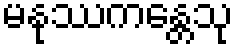
မနုဿကန္တေသု